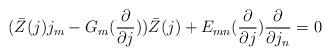
LaTeX: \begin{align*}(\bar{Z}(j) j_{m} - G_{m}(\frac{\partial}{\partial j}))\bar{Z}(j) + E_{mn}(\frac{\partial}{\partial j})\frac{\partial}{\partial j_{n}}=0 \end{align*}